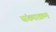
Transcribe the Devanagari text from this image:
संख्याक्रम